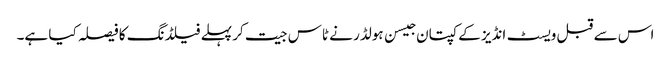
اس سے قبل ویسٹ انڈیز کے کپتان جیسن ہولڈر نے ٹاس جیت کر پہلے فیلڈنگ کا فیصلہ کیا ہے۔